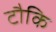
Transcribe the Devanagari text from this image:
टौकि